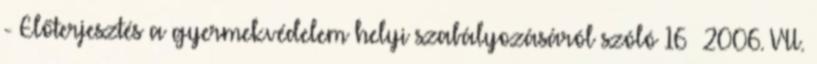
- Előterjesztés a gyermekvédelem helyi szabályozásáról szóló 16 2006. VII.